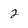
Character: 2